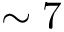
\sim 7